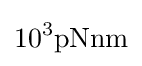
10^{3}\mathrm {pNnm}